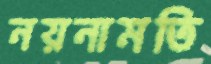
নয়নামতি